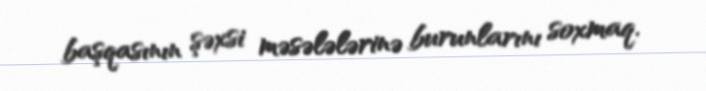
başqasının şəxsi məsələlərinə burunlarını soxmaq.